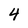
Character: 4